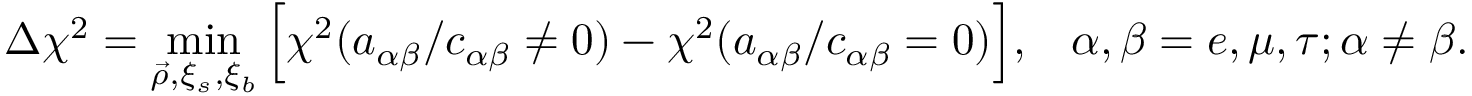
\Delta { \chi } ^ { 2 } = \operatorname* { m i n } _ { \vec { \rho } , \xi _ { s } , \xi _ { b } } \Big [ \chi ^ { 2 } ( a _ { \alpha \beta } / c _ { \alpha \beta } \neq 0 ) - \chi ^ { 2 } ( a _ { \alpha \beta } / c _ { \alpha \beta } = 0 ) \Big ] , \, \, \, \, \, \alpha , \beta = e , \mu , \tau ; \alpha \neq \beta .